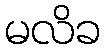
မလိခ